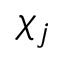
\chi _ { j }